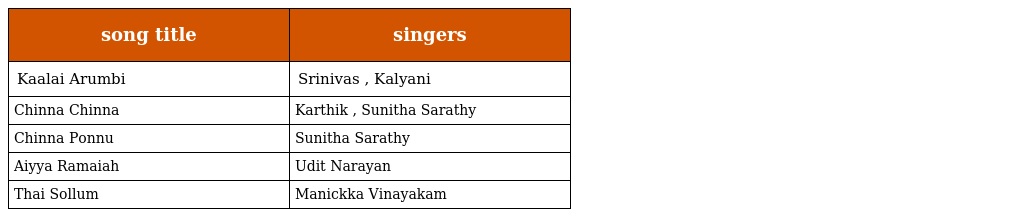
| song title | singers |
 | --- | --- |
 | Kaalai Arumbi | Srinivas , Kalyani |
 | Chinna Chinna | Karthik , Sunitha Sarathy |
 | Chinna Ponnu | Sunitha Sarathy |
 | Aiyya Ramaiah | Udit Narayan |
 | Thai Sollum | Manickka Vinayakam |